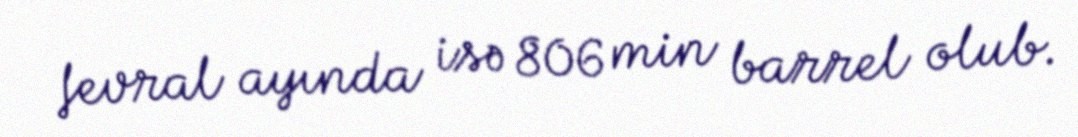
fevral ayında isə 806 min barrel olub.